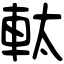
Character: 軚